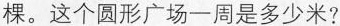
棵。这个圆形广场一周是多少米?